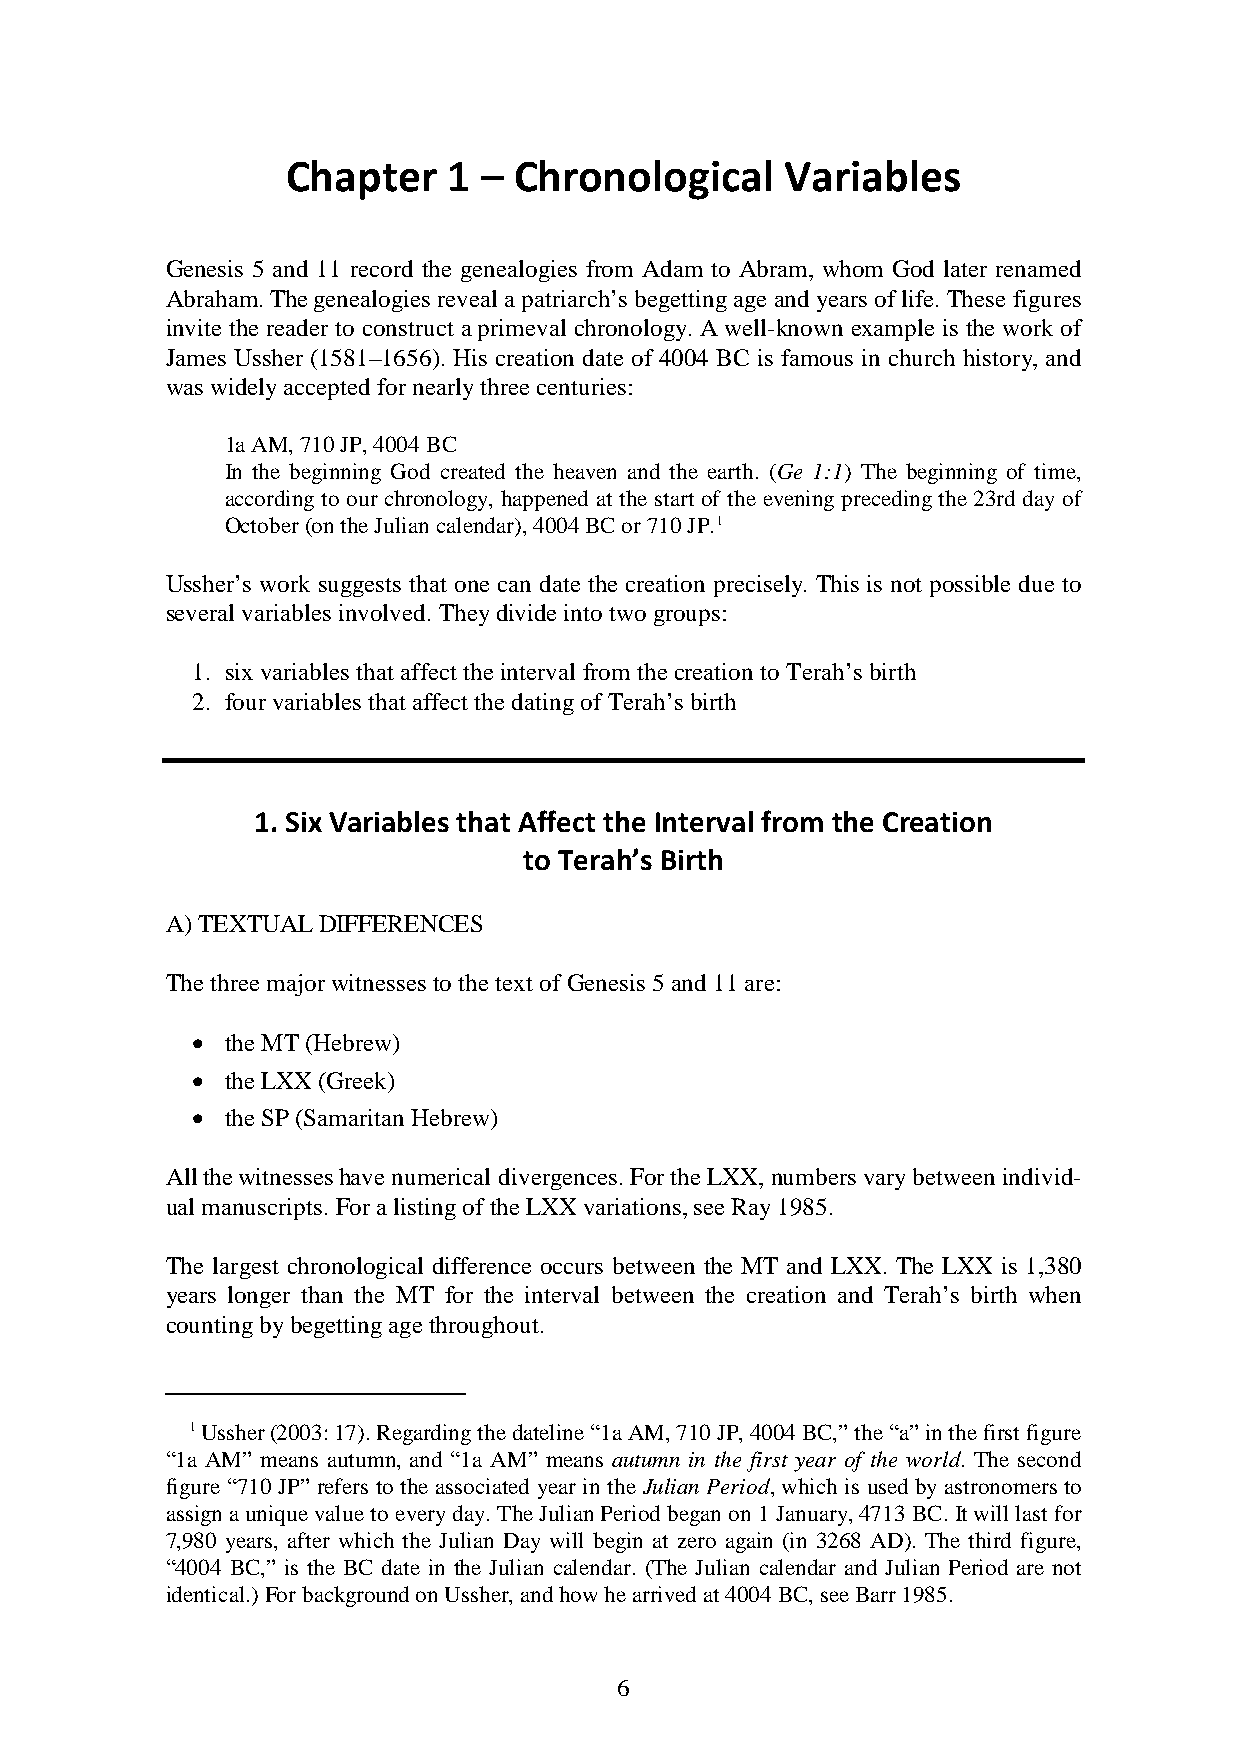
Chapter    1 – Chronological     Variables
 Genesis 5 and 11 record the genealogies from Adam to Abram, whom God later renamed
 Abraham. The genealogies reveal a patriarch’s begetting age and years of life. These figures
 invite the reader to construct a primeval chronology. A well-known example is the work of
 James Ussher (1581–1656). His creation date of 4004 BC is famous in church history, and
 was widely accepted for nearly three centuries:
 1a AM, 710 JP, 4004 BC
 In the beginning God created the heaven and the earth. (Ge 1:1) The beginning of time,
 according to our chronology, happened at the start of the evening preceding the 23rd day of
 October (on the Julian calendar), 4004 BC or 710 JP.1
 Ussher’s work suggests that one can date the creation precisely. This is not possible due to
 several variables involved. They divide into two groups:
 1. six variables that affect the interval from the creation to Terah’s birth
 2. four variables that affect the dating of Terah’s birth
 1. Six Variables that Affect the Interval from the Creation
 to Terah’s Birth
 A) TEXTUAL DIFFERENCES
 The three major witnesses to the text of Genesis 5 and 11 are:
 • the MT (Hebrew)
 • the LXX (Greek)
 • the SP (Samaritan Hebrew)
 All the witnesses have numerical divergences. For the LXX, numbers vary between individ-
 ual manuscripts. For a listing of the LXX variations, see Ray 1985.
 The largest chronological difference occurs between the MT and LXX. The LXX is 1,380
 years longer than the MT for the interval between the creation and Terah’s birth when
 counting by begetting age throughout.
 1 Ussher (2003: 17). Regarding the dateline “1a AM, 710 JP, 4004 BC,” the “a” in the first figure
 “1a AM” means autumn, and “1a AM” means autumn in the first year of the world. The second
 figure “710 JP” refers to the associated year in the Julian Period, which is used by astronomers to
 assign a unique value to every day. The Julian Period began on 1 January, 4713 BC. It will last for
 7,980 years, after which the Julian Day will begin at zero again (in 3268 AD). The third figure,
 “4004 BC,” is the BC date in the Julian calendar. (The Julian calendar and Julian Period are not
 identical.) For background on Ussher, and how he arrived at 4004 BC, see Barr 1985.
 6